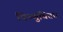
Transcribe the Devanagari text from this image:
विष्णुचित्तार